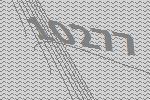
10277